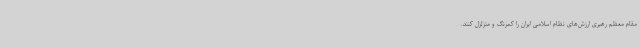
مقام معظم رهبری ارزش‌های نظام اسلامی ایران را کمرنگ و متزلزل کنند.